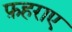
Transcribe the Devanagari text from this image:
फ़हराए